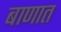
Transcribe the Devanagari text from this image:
बाणात